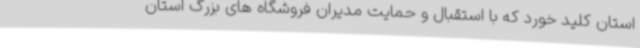
استان کلید خورد که با استقبال و حمایت مدیران فروشگاه های بزرگ استان